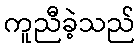
ကူညီခဲ့သည်